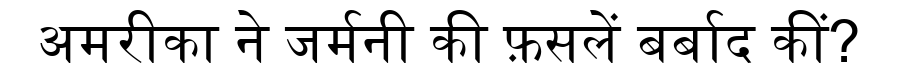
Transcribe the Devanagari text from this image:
अमरीका ने जर्मनी की फ़सलें बर्बाद कीं?